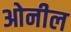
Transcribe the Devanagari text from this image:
ओनील